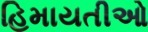
હિમાયતીઓ